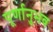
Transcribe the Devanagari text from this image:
पूर्णानुभव